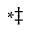
^ { \ast \ddag }